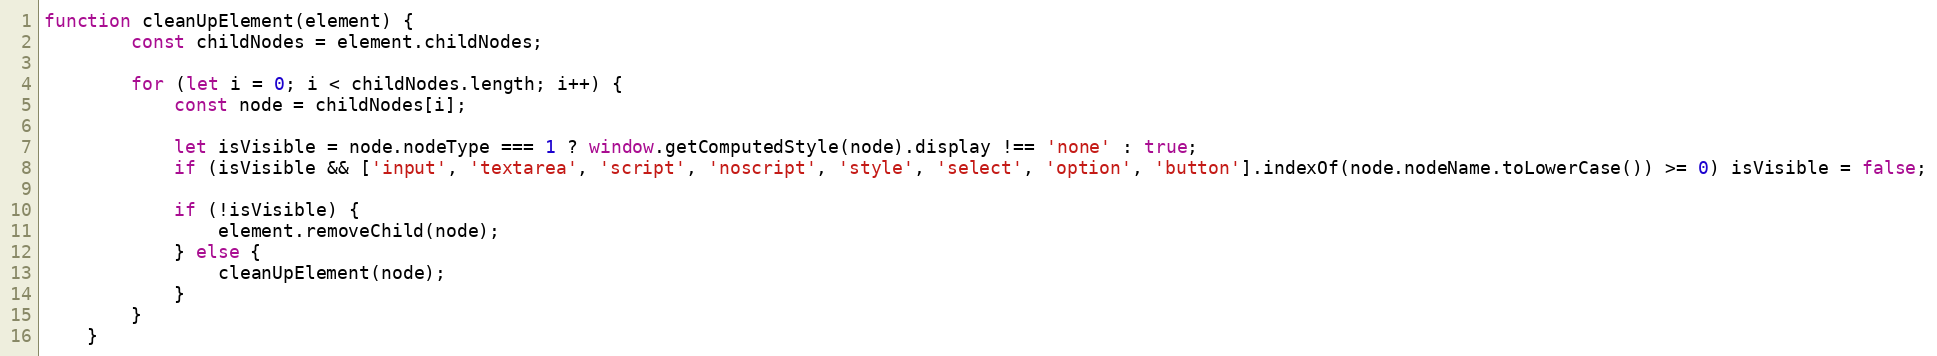
Language: JavaScript
function cleanUpElement(element) {
		const childNodes = element.childNodes;

		for (let i = 0; i < childNodes.length; i++) {
			const node = childNodes[i];

			let isVisible = node.nodeType === 1 ? window.getComputedStyle(node).display !== 'none' : true;
			if (isVisible && ['input', 'textarea', 'script', 'noscript', 'style', 'select', 'option', 'button'].indexOf(node.nodeName.toLowerCase()) >= 0) isVisible = false;

			if (!isVisible) {
				element.removeChild(node);
			} else {
				cleanUpElement(node);
			}
		}
	}